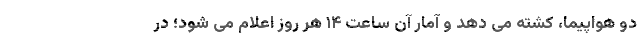
دو هواپیما، کشته می دهد و آمار آن ساعت ۱۴ هر روز اعلام می شود؛ در